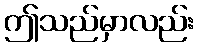
ဤသည်မှာလည်း